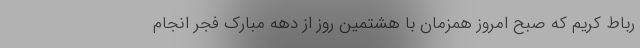
رباط کریم که صبح امروز همزمان با هشتمین روز از دهه مبارک فجر انجام